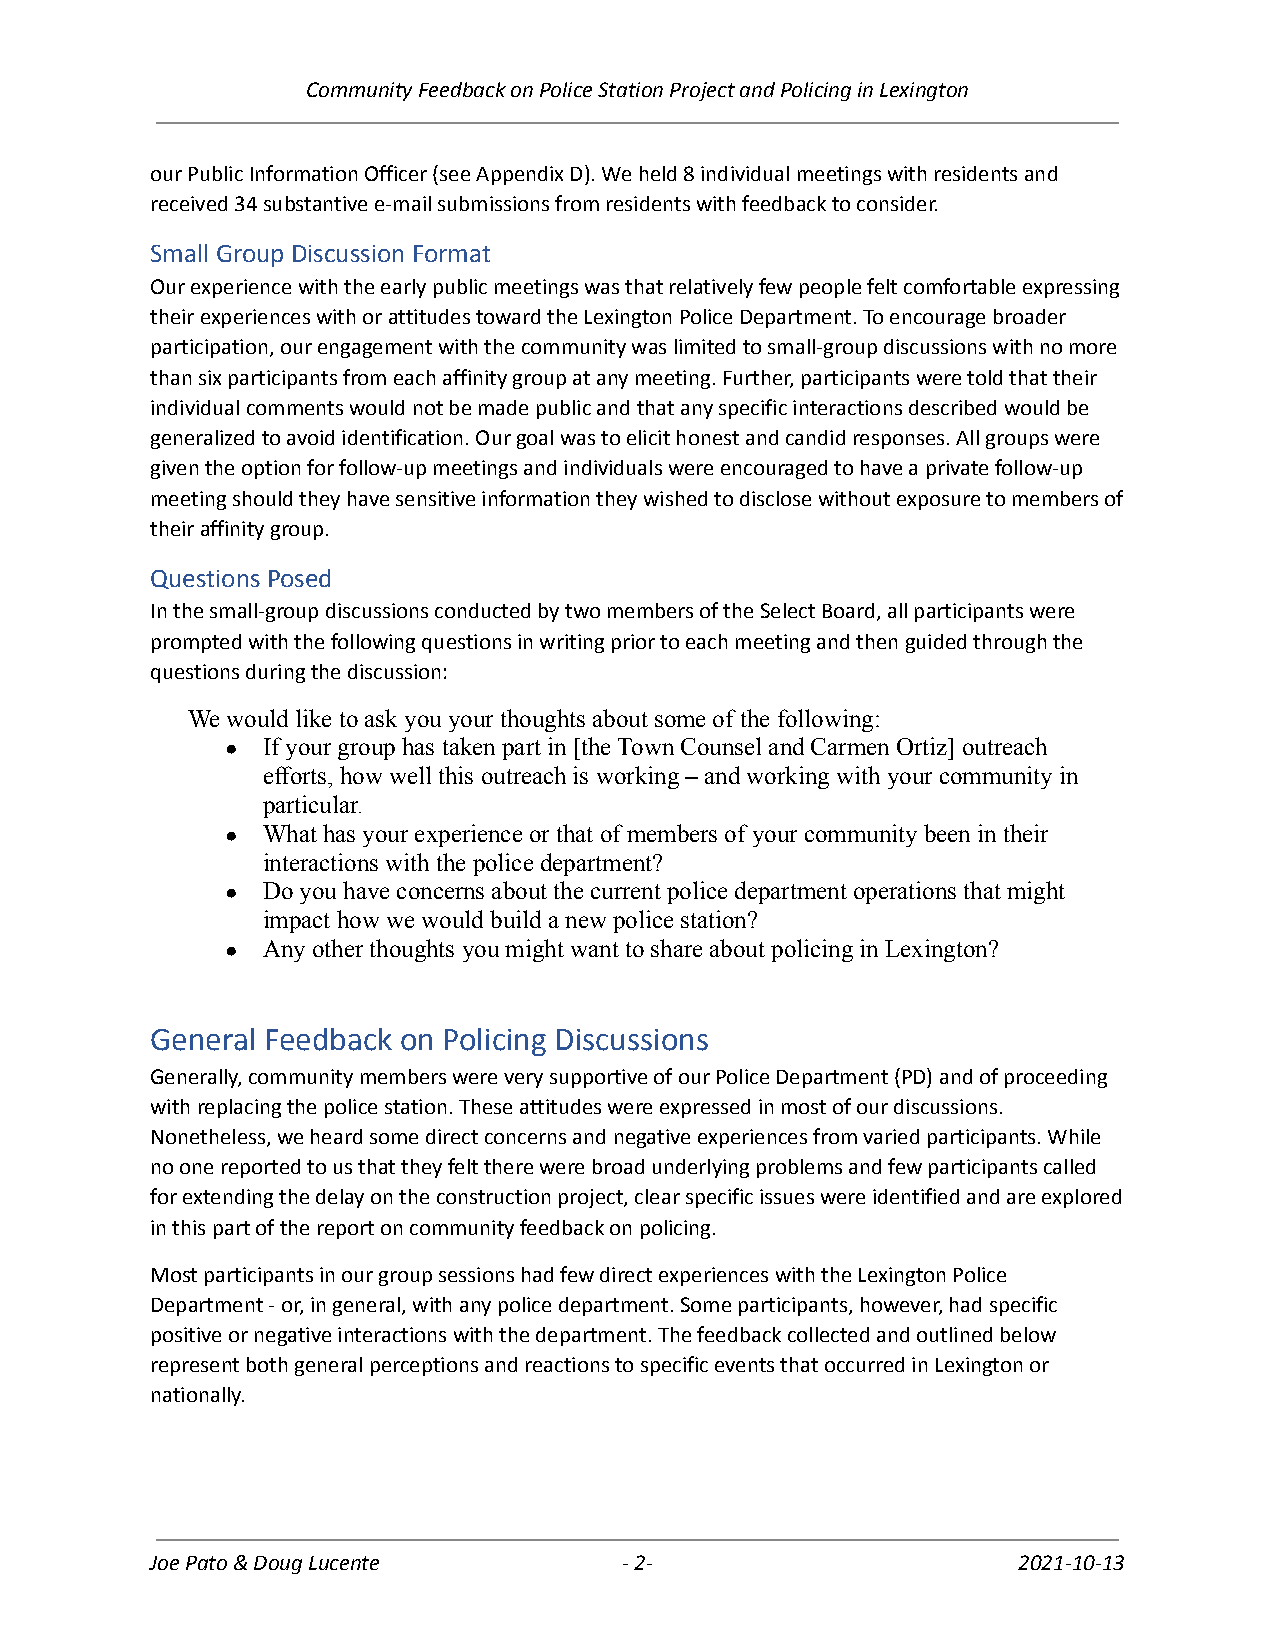
Community Feedback on Police Station Project and Policing in Lexington
 our Public Information Officer (see Appendix D). We held 8 individual meetings with residents and
 received 34 substantive e-mail submissions from residents with feedback to consider.
 Small Group Discussion Format
 Our experience with the early public meetings was that relatively few people felt comfortable expressing
 their experiences with or attitudes toward the Lexington Police Department. To encourage broader
 participation, our engagement with the community was limited to small-group discussions with no more
 than six participants from each affinity group at any meeting. Further, participants were told that their
 individual comments would not be made public and that any specific interactions described would be
 generalized to avoid identification. Our goal was to elicit honest and candid responses. All groups were
 given the option for follow-up meetings and individuals were encouraged to have a private follow-up
 meeting should they have sensitive information they wished to disclose without exposure to members of
 their affinity group.
 Questions Posed
 In the small-group discussions conducted by two members of the Select Board, all participants were
 prompted with the following questions in writing prior to each meeting and then guided through the
 questions during the discussion:
 We would like to ask you your thoughts about some of the following:
 ● If your group has taken part in [the Town Counsel and Carmen Ortiz] outreach
 efforts, how well this outreach is working – and working with your community in
 particular.
 ● What has your experience or that of members of your community been in their
 interactions with the police department?
 ● Do you have concerns about the current police department operations that might
 impact how we would build a new police station?
 ● Any other thoughts you might want to share about policing in Lexington?
 General Feedback on Policing Discussions
 Generally, community members were very supportive of our Police Department (PD) and of proceeding
 with replacing the police station. These attitudes were expressed in most of our discussions.
 Nonetheless, we heard some direct concerns and negative experiences from varied participants. While
 no one reported to us that they felt there were broad underlying problems and few participants called
 for extending the delay on the construction project, clear specific issues were identified and are explored
 in this part of the report on community feedback on policing.
 Most participants in our group sessions had few direct experiences with the Lexington Police
 Department - or, in general, with any police department. Some participants, however, had specific
 positive or negative interactions with the department. The feedback collected and outlined below
 represent both general perceptions and reactions to specific events that occurred in Lexington or
 nationally.
 Joe Pato & Doug Lucente        -2-                       2021-10-13